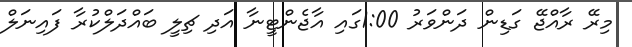
މިރޭ ރާއްޖޭ ގަޑިން ދަންވަރު 1:00ގައި އާޖެންޓީނާ އަދި ޗިލީ ބައްދަލްކުރާ ފައިނަލް